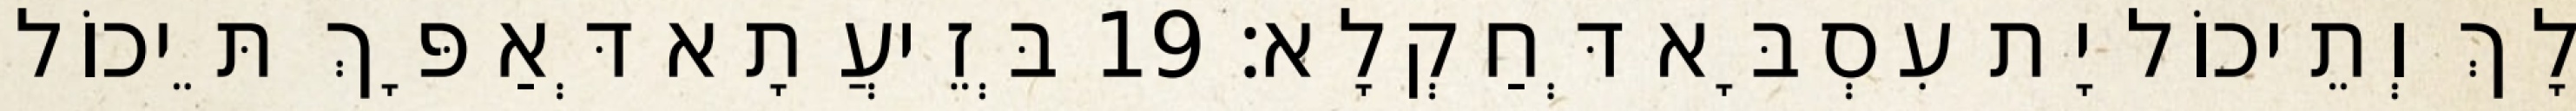
לָךְ וְתֵיכוֹל יָת עִסְבָּא דְּחַקְלָא׃ 19 בְּזֵיעֲתָא דְּאַפָּךְ תֵּיכוֹל